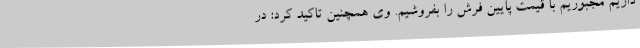
داریم مجبوریم با قیمت پایین فرش را بفروشیم. وی همچنین تاکید کرد: در